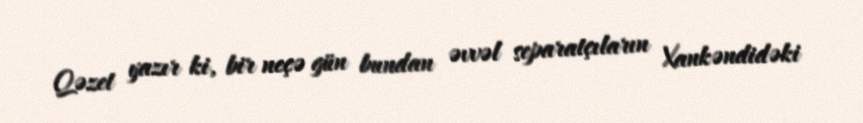
Qəzet yazır ki, bir neçə gün bundan əvvəl separatçıların Xankəndidəki